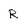
Character: R